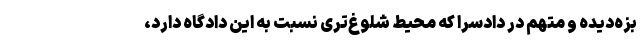
بزه‌دیده و متهم در دادسرا که محیط شلوغ‌تری نسبت به این دادگاه دارد،